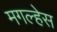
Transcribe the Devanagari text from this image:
मगल्हेस